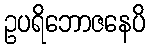
ဥပရိဘောဇနေပိ